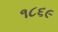
૧૮૬૯